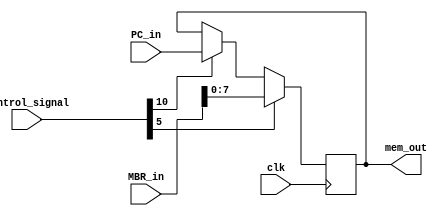
module MAR
(
   input clk,
   input [31:0]control_signal,
   input [15:0]MBR_in,
   input [7:0]PC_in,
   output [7:0]mem_out
);

reg [7:0]buffer = 8'b0000_0000;
assign mem_out = buffer;

always@(posedge clk) begin
    // MAR<-MBR
    if(control_signal[5]) begin
        buffer <= MBR_in[7:0];
    end

    // MAR<-PC
    else if(control_signal[10]) begin
        buffer <= PC_in;
    end

end

endmodule